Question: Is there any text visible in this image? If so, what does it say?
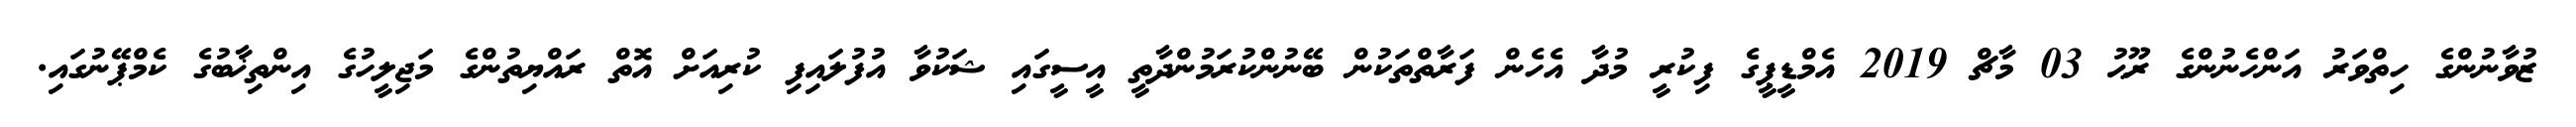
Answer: ޒުވާނުންގެ ހިތްވަރު އަންހެނުންގެ ރޫޙު 03 މާޗް 2019 އެމްޑީޕީގެ ފިކުރީ މުދާ އެހެން ފަރާތްތަކުން ބޭނުންކުރަމުންދާތީ އީސީގައި ޝަކުވާ އުފުލައިފި ކުރިއަށް އޮތް ރައްޔިތުންގެ މަޖިލީހުގެ އިންތިޚާބުގެ ކެމްޕޭނުގައި.